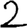
Digit: 2